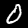
Label: 0